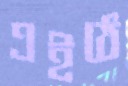
এইঠে